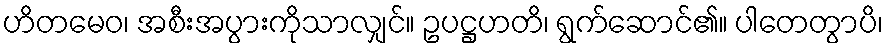
ဟိတမေဝ၊ အစီးအပွားကိုသာလျှင်။ ဥပဋ္ဌဟတိ၊ ရွက်ဆောင်၏။ ပါတေတွာပိ၊